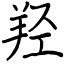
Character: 羟